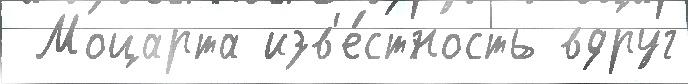
 Моцарта изв'е́стность вдруг